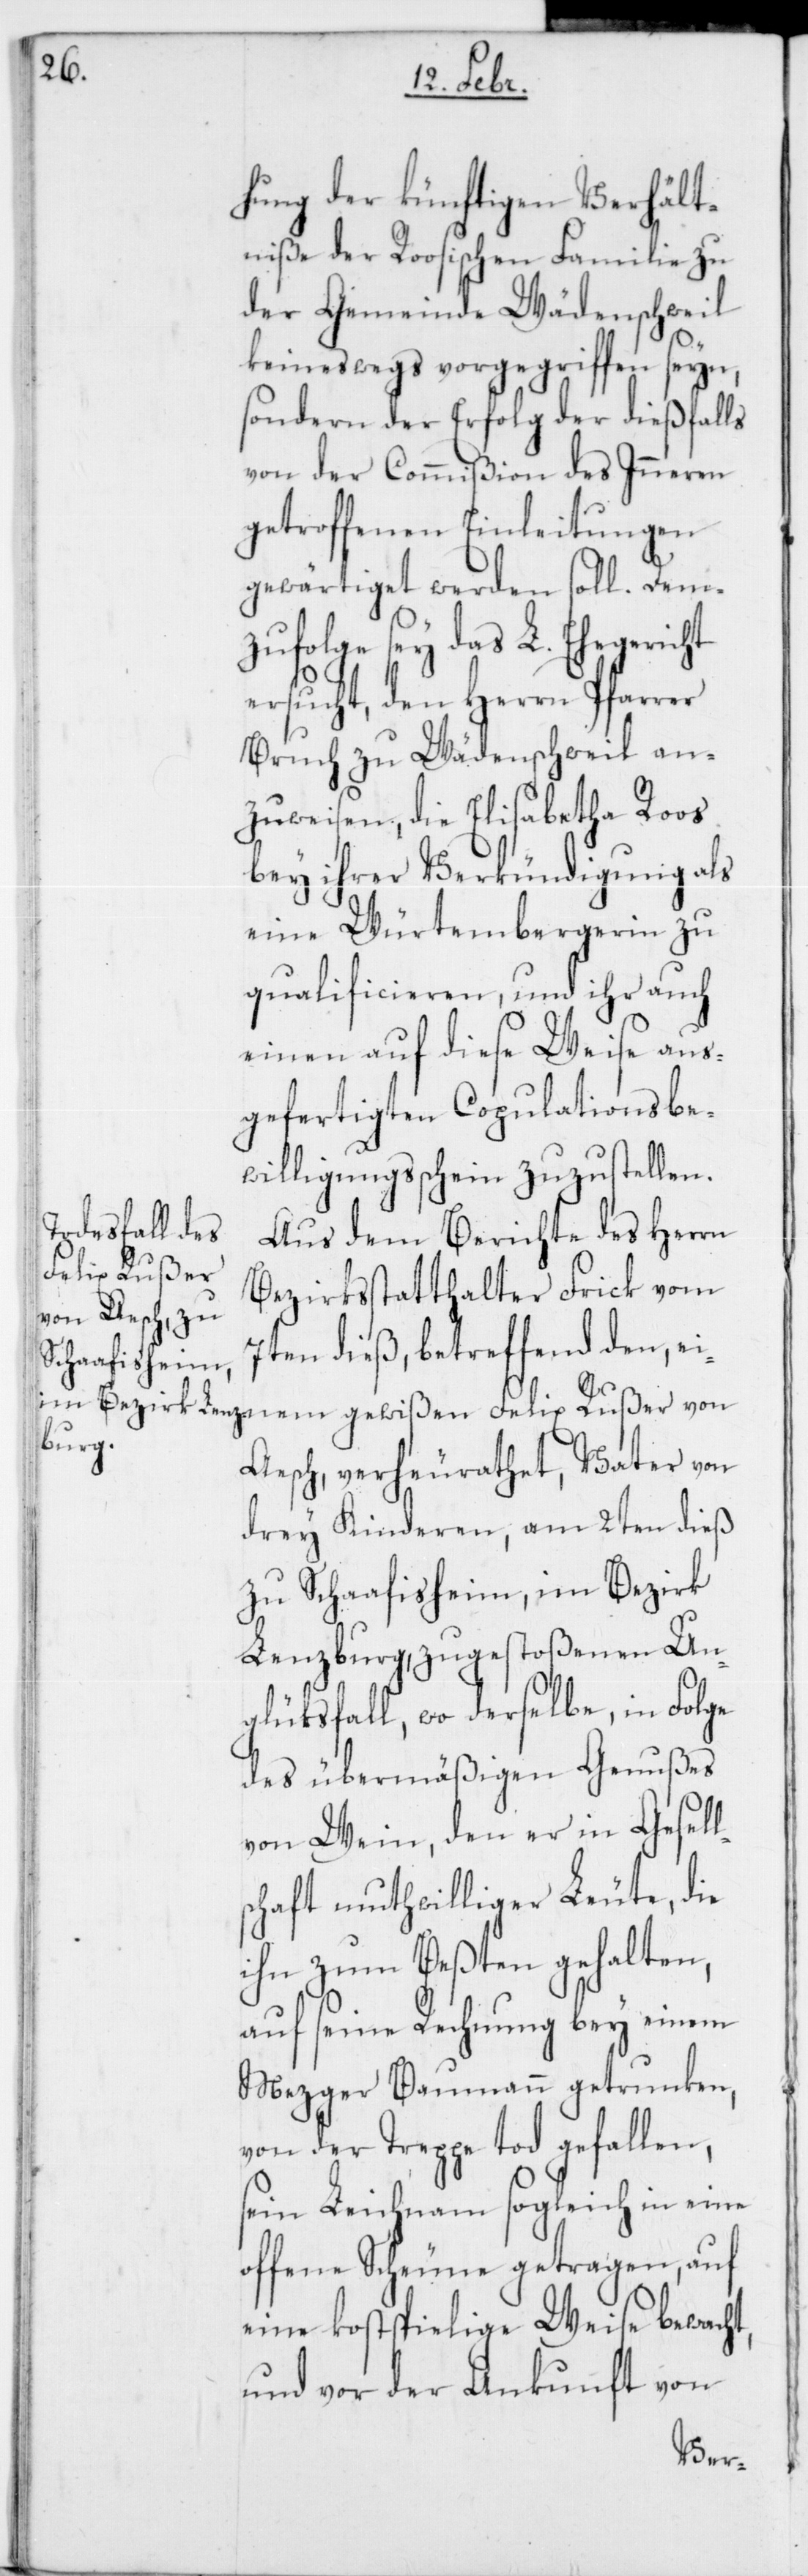
hung der künftigen Verhält¬
niße der Roosischen Familie zu
der Gemeinde Wädenschweil
keineswegs vorgegriffen seyn,
sondern der Erfolg der dießfalls
von der Commißion des Inneren
getroffenen Einleitungen
gewärtiget werden soll. Dem¬
zufolge sey das L. Ehegericht
ersucht, den Herrn Pfarrer
Bruch zu Wädenschweil an¬
zuweisen, die Elisabetha Roos
bey ihrer Verkündigung als
eine Würtembergerin zu
qualificieren, und ihr auch
einen auf diese Weise aus¬
gefertigten Copulationsbe¬
willigungsschein zuzustellen.
Aus dem Berichte des Herrn
Felix Rußer
Bezirksstatthalter Frick vom
7ten dieß, betreffend den, ei¬
Aesch, verheurathet, Vater von
drey Kinderen, am 2ten dieß
zu Schaafisheim, im Bezirk
Lenzburg, zugestoßenen Un¬
glüksfall, wo derselbe, in Folge
des übermäßigen Genußes
von Wein, den er in Gesell¬
schaft muthwilliger Leute, die
ihn zum Beßten gehalten,
auf seine Rechnung bey einem
Mezger Baumann getrunken,
von der Treppe tod gefallen,
sein Leichnam sogleich in eine
offene Scheune getragen, auf
eine kostspielige Weise bewacht,
und vor der Ankunft von